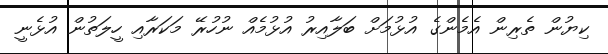
ކިޔުން ތެރިން އެމެންގެ އުޅުމަށް ބަލާއިރު އުޅުމެއް ނުހުރޭ މަކަރާއި ހީލަތުން އުޅެނީ